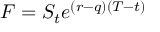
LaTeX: F = S _ { t } e ^ { ( r - q ) ( T - t ) }